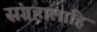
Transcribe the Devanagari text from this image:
संग्रहालाहि